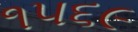
૧૫૬૯